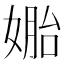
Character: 𰌎